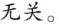
无关。